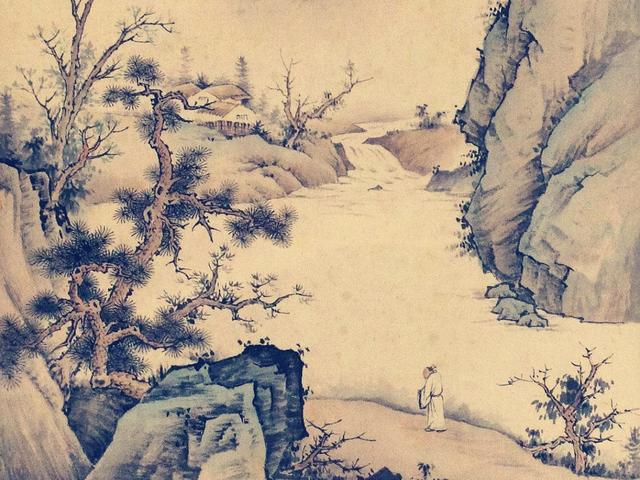
休问梁园旧宾客，茂陵秋雨病相如。